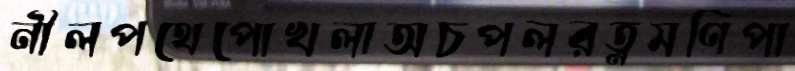
নীলপথেপোখলাঅচপলরত্নমণিপা